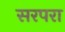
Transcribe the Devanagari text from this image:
सरपरा